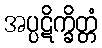
အပ္ပဋိက္ခိတ္တံ